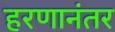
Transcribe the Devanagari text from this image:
हरणानंतर